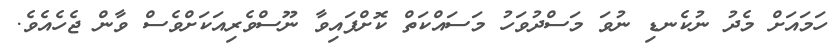
ހަމައަށް މެދު ނުކެނޑި ނުވަ މަސްދުވަހު މަސައްކަތް ކޮށްފައިވާ ނޫސްވެރިއަކަށްވެސް ވާން ޖެހެއެވެ.